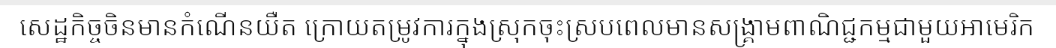
សេដ្ឋកិច្ចចិនមានកំណើនយឺត ក្រោយតម្រូវការក្នុងស្រុកចុះស្របពេលមានសង្គ្រាមពាណិជ្ជកម្មជាមួយអាមេរិក